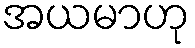
အယမာဟု